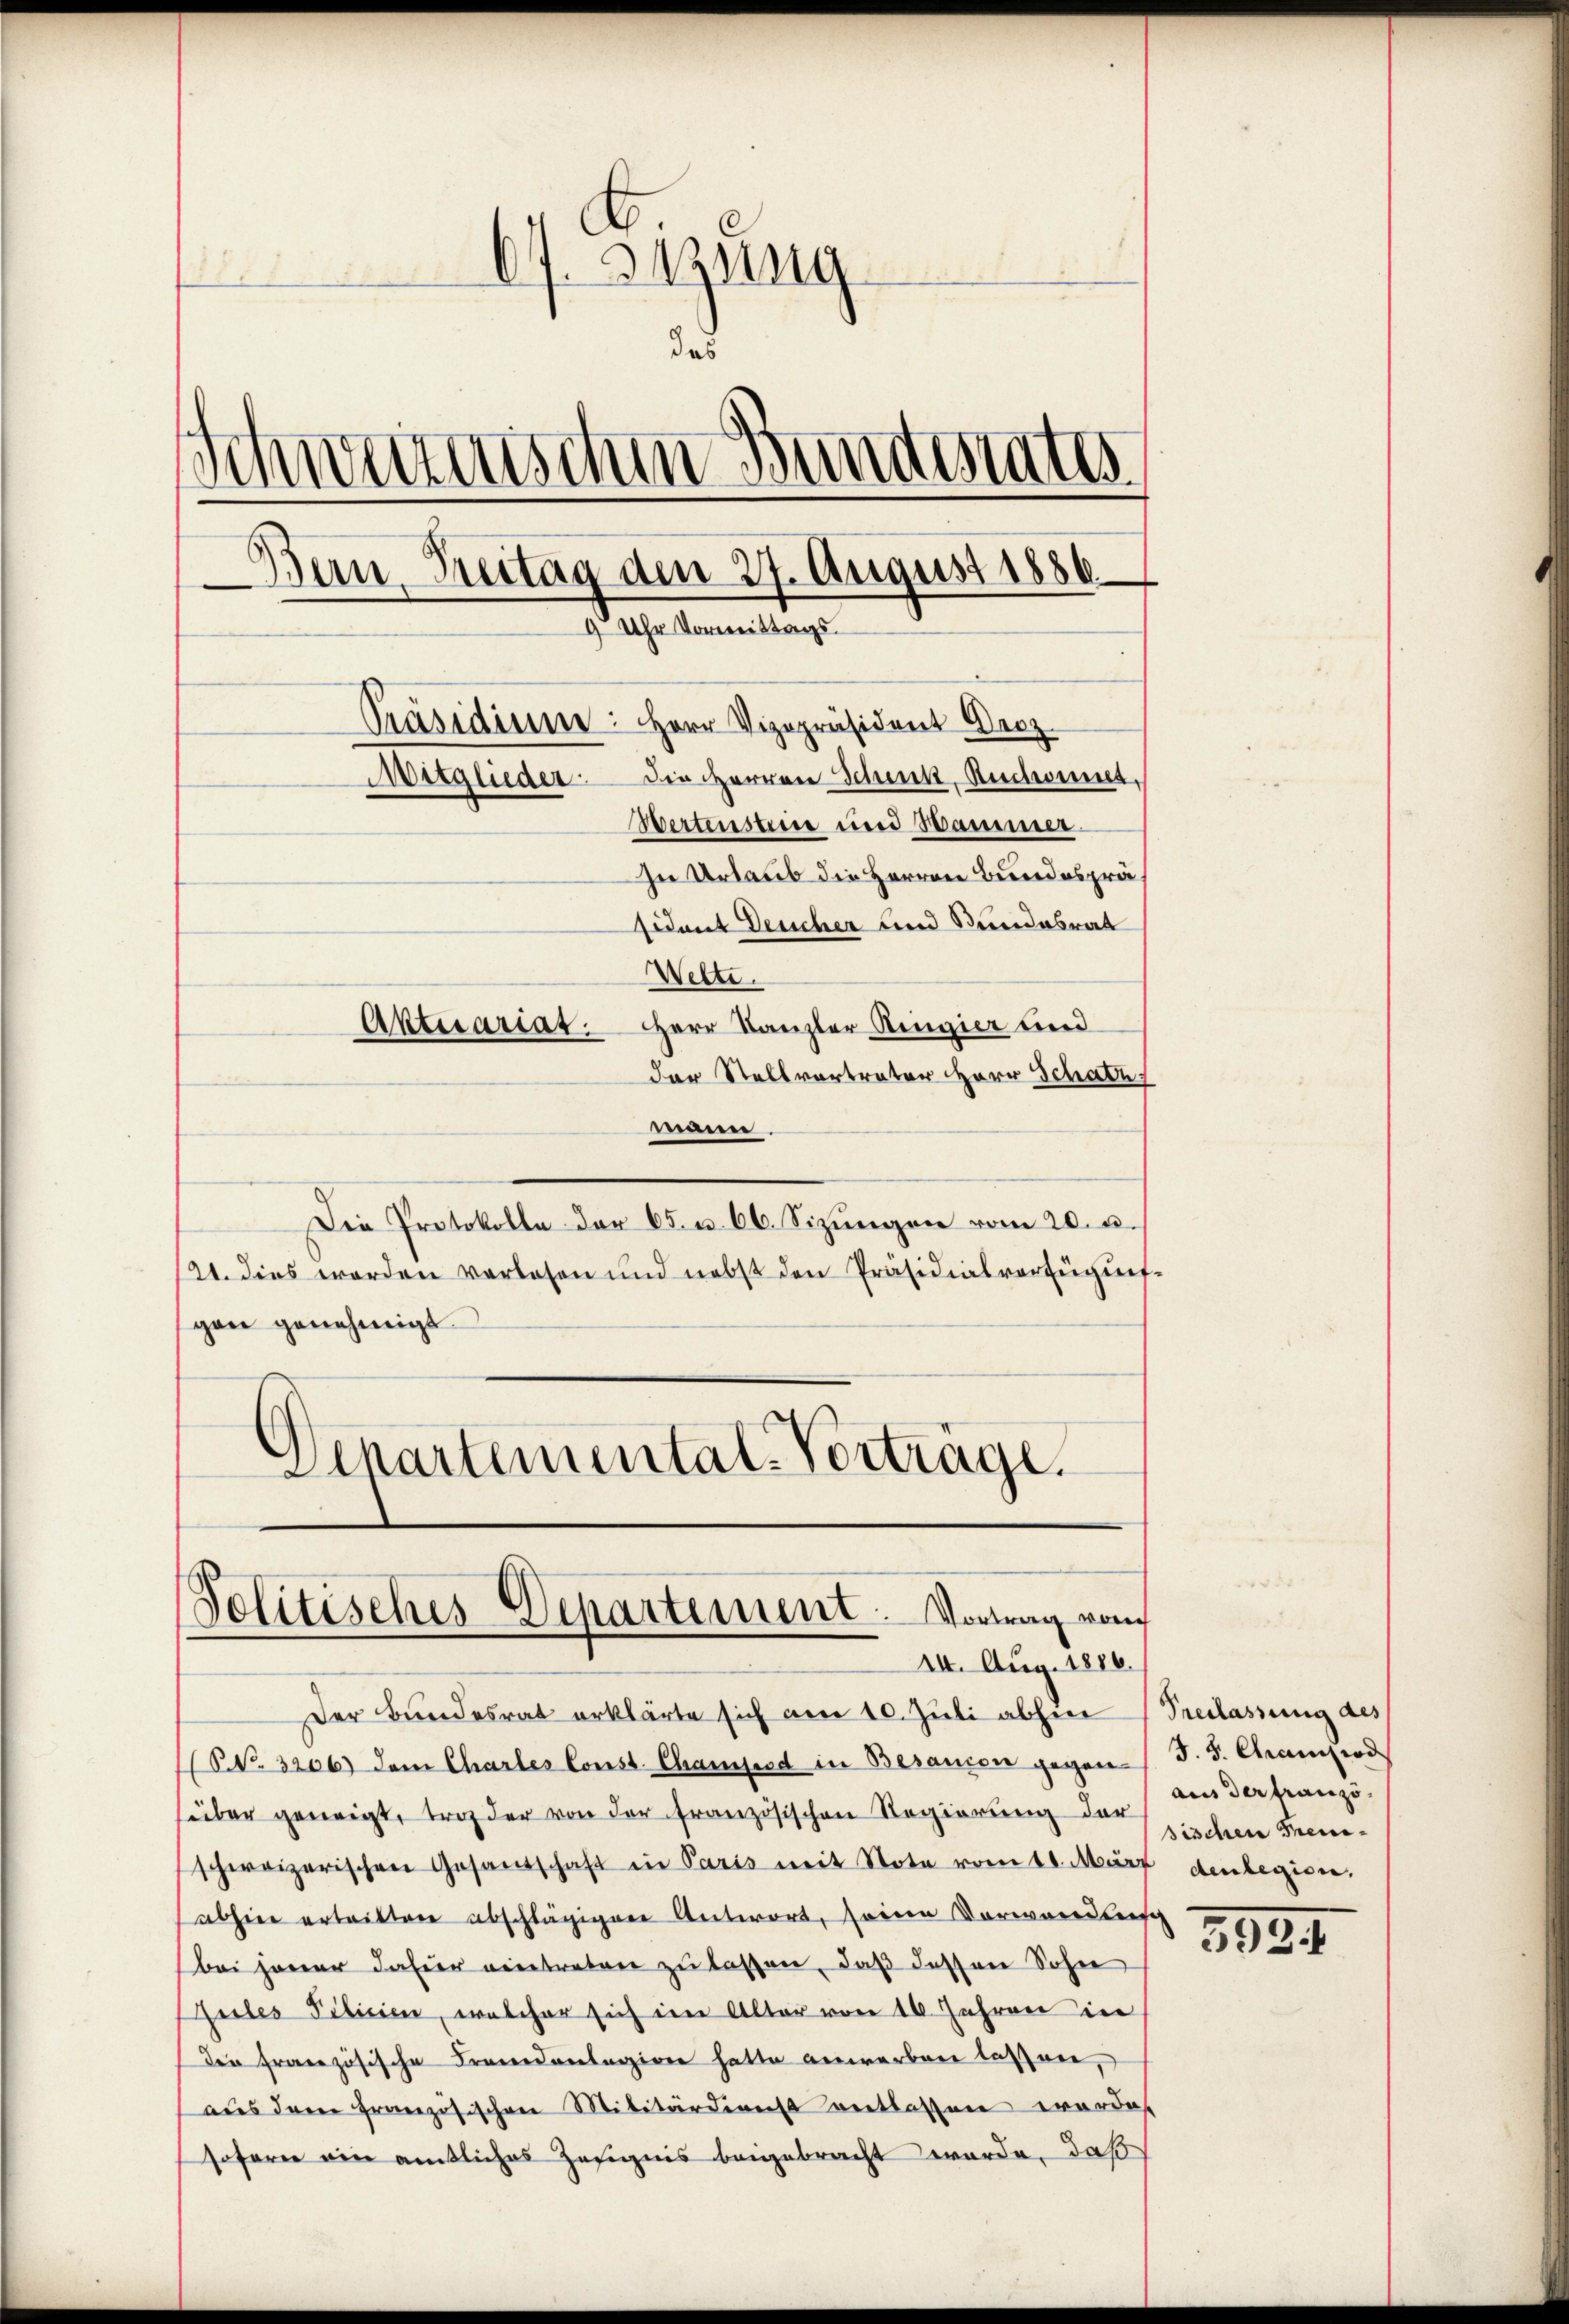
67. Suzung
Stoss
das
Ich
weizerischen Bundesrates
s
Bern, Breitag dem 27. August 1886.
9 Uhr Vormittags
Präsidiume: Herr Vizepräsident Decz
Mitglieder die Herren Schenk, Rechnet,
Wertensteine und Hammer¬
In Urlaub die Herren Bundespräsidant Deucher und Stundesrat
Wette.
Herr Kanzler Ringier und
Aktuariat.
der Stellvortrater Herr Schatz

maire.
Die Protokolle der 65. u. 66. Sizungen vom 20. d.
121. dies worden verlesen und nebst den Präsidialverfügŭng.
gan genehmigt.
Departemental-Verträge.

Solitisches Departement. Vortrag vo
14. Aug. 1886.

Der Bundesrat erklärte sich am 10. Juli abhin (Preslassung des
(NNo. 3206) dem Charles Const. Chamfesd in Besaucon gegen-
über geneigt, trag der von der französischen Regierung der
schweizerischen Gesandschaft in Paris mit Note vom 10. März denbegion.
abhin ertrittere abschlägigen Antwort, seine Vorwandleisch
bei jener Jahrer eintreten zu lassen, daß dessen Sohne
Zuiles Pilicien, welcher sich im Alter von 16. Jahren in
Der französische Frandanlegion hatte anwerben laßen,
aus dem französischen Militärdienst entlassen werden
sofern ein amtliches Zeugnis beigebracht werde, daß

J. J. Chamsrod
aus der Franzö-
sischen Treue¬

3834